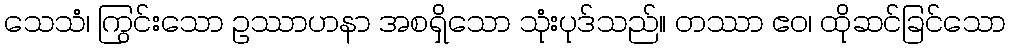
သေသံ၊ ကြွင်းသော ဥဿာဟနာ အစရှိသော သုံးပုဒ်သည်။ တဿာ ဧဝ၊ ထိုဆင်ခြင်သော